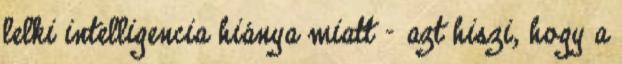
lelki intelligencia hiánya miatt – azt hiszi, hogy a